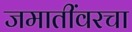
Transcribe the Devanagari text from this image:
जमातींवरचा